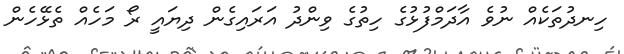
ހިނދުތަކެއް ނުވެ އާދަމްފުޅުގެ ހިތުގެ ވިންދު އަރައިގެން ދިޔައީ ރޯ މަހެއް ތެޅޭހެން